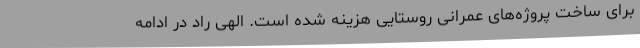
برای ساخت پروژه‌های عمرانی روستایی هزینه شده است. الهی راد در ادامه